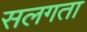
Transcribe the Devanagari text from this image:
सलगता